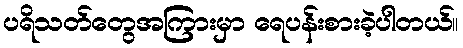
ပရိသတ်တွေအကြားမှာ ရေပန်းစားခဲ့ပါတယ်။